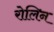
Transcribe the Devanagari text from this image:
रोलिन